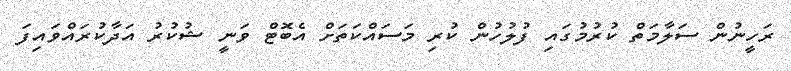
ރަހީނުން ސަލާމަތް ކުރުމުގައި ފުލުހުން ކުރި މަސައްކަތަށް އެބޮޓް ވަނީ ޝުކުރު އަދާކުރައްވައިފަ